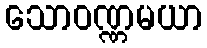
သောဝဏ္ဏမယာ